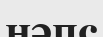
нәпс